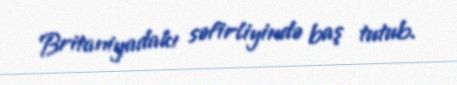
Britaniyadakı səfirliyində baş tutub.